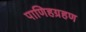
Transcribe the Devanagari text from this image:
पाणिहग्रहण